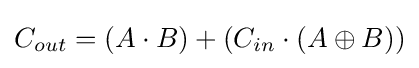
C_{out}=(A\cdot B)+(C_{in}\cdot (A\oplus B))